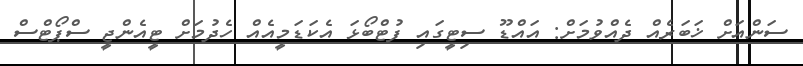
ސަންއަށް ޚަބަރެއް ދެއްވުމަށް: އައްޑޫ ސިޓީގައި ފުޓްބޯޅަ އެކަޑަމީއެއް ހެދުމަށް ޓީއެންޖީ ސްޕޯޓްސް